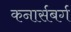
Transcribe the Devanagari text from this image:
कनार्सबर्ग